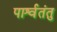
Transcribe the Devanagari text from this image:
पार्श्वतंतु